Vaccination in Burma 1912-1922 - 1912-1922
Year: 1912
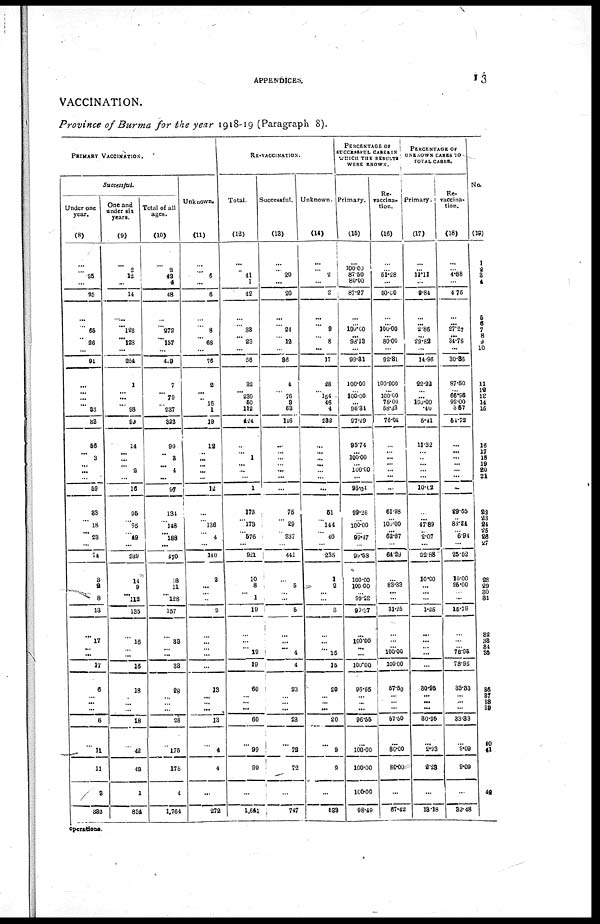
APPENDICES.
13
VACCINATION.
Province of Burma for the year 1918-19 (Paragraph 8).
PRIMARY VACCINATION.
Successful.
Under one
year.
(8)
...
...
25
...
25
...
...
65
... 26
...
91
...
...
... ... 83
88
56
... 3
...
...
...
59
83
... 18
... 23
...
74
3
2
.. 8
13
...
17 ...
...
17
6
...
...
...
6
...
11
11
3
332
One and
under six
years.
(9)
...
2
12
...
14
...
... 126
... 123
...
254
1
...
...
... 98
99
14
...
...
... 2
...
16
96
... 96
...
49
...
239
14
9
... 112
135
...
16
... ...
16
18
...
...
...
18
...
42
42
1
834
Total of all
ages.
(10)
...
2
42
4
48
...
... 272
... 157
...
429
7
... 79
...
237
323
90
... 3
... 4
...
97
134
... 148
... 188
...
470
18
11
... 128
157
...
33
...
...
33
28
...
...
...
28
...
176
176
4
1,764
Unknown.
(11)
...
...
6
...
6
...
... 8
... 68
...
76
2
...
... 16
1
19
12
...
...
...
...
...
12
...
... 136
... 4
...
140
2
...
...
...
2
...
...
...
...
...
13
...
...
...
13
...
4
4
...
272
RE-VACCINATION.
Total.
(12)
...
...
41
1
42
...
...
33
... 23
...
56
32
... 230
60
112
424
...
... 1
...
...
...
1
172
... 173
... 576
...
921
10
8
... 1
19
...
...
...
19
19
60
...
...
...
60
...
99
99
...
1,641
Successful.
(13)
...
... 20
...
20
...
... 24
...
12
...
36
4
...
76
8
63
146
...
...
...
... ...
...
...
75
... 29
...
337
...
441
...
5
...
...
5
...
...
... 4
4
23
...
...
...
23
...
72
72
...
747
Unknown.
(14)
...
... 2
...
2
...
... 9
...
8
...
17
28
...
154
46
4
232
...
...
...
...
...
...
...
51
...
144
... 40
...
235
1
2
...
...
3
...
... ... 15
16
20
...
...
...
20
...
9
9
...
533
PERCENTAGE OF
SUCCESSFUL CASES IN
WHICH THE RESULTS
WERE KNOWN.
Primary.
(15)
...
100.00
87.60
80.00
87.27
...
... 100.00
...
98.13
...
99.31
100.00
... 100.00
...
96.34
97.29
95.74
...
100.00
...
100.00
...
95.04
99.26
...
100.00
... 99.47
...
99.53
100.00
100.00
... 99.22
99.37
...
100.00
... ...
100.00
96.65
...
...
...
96.55
...
100.00
100.00
100.00
98.49
Re-
vaccina-
tion.
(16)
...
... 51.28
...
50.00
...
...
100.00
...
80.00
...
92.81
100.000
...
100.00
75.00
53.33
76.01
...
...
...
...
...
...
...
61.98
... 100.00
...
62.87
...
64.29
...
83.33
...
...
31.25
...
... ...
100.00
100.00
57.60
...
...
...
57.50
...
80.00
80.00
...
67.42
PERCENTAGE OF
UNKNOWN CASES TO
TOTAL CASES.
Primary.
(17)
...
...
11.11
...
9.84
...
... 2.86
...
29.82
...
14.96
22.22
...
...
109.00
.40
6.41
11.32
...
...
...
...
...
10.62
...
...
47.89
... 2.07
...
22.88
10.00
...
...
...
1.25
...
...
... ...
...
30.95
...
...
...
30.95
...
2.23
2.28
...
13.18
Re-
vaccina-
tion.
(18)
...
... 4.88
...
4.76
...
...
27.27
...
34.78
...
30.36
87.60
... 66.96
92.00
8.57
54.72
...
...
...
...
...
...
...
29.65
...
83.24
... 6.94
...
25.52
10.00
25.00
... ...
15.79
...
...
... 78.86
78.95
33.33
...
...
...
33.33
...
9.09
9.09
...
32.48
No.
(19)
1
2
3
4
5
6
7
8
9
10
11
19
18
14
15
16
17
18
19
20
21
22
23
84
25
26
27
28
29
30
31
32
33
34
35
36
37
38
39
40
41
48
operations.